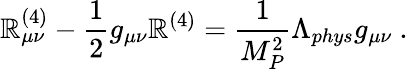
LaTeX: \mathbb{R}_{\mu\nu}^{(4)}-\frac{{1}}{{2}}g_{\mu\nu}\mathbb{R}^{(4)}=\frac{{1}}{{M_{P}^{2}}}\Lambda_{phys}g_{\mu\nu}~.